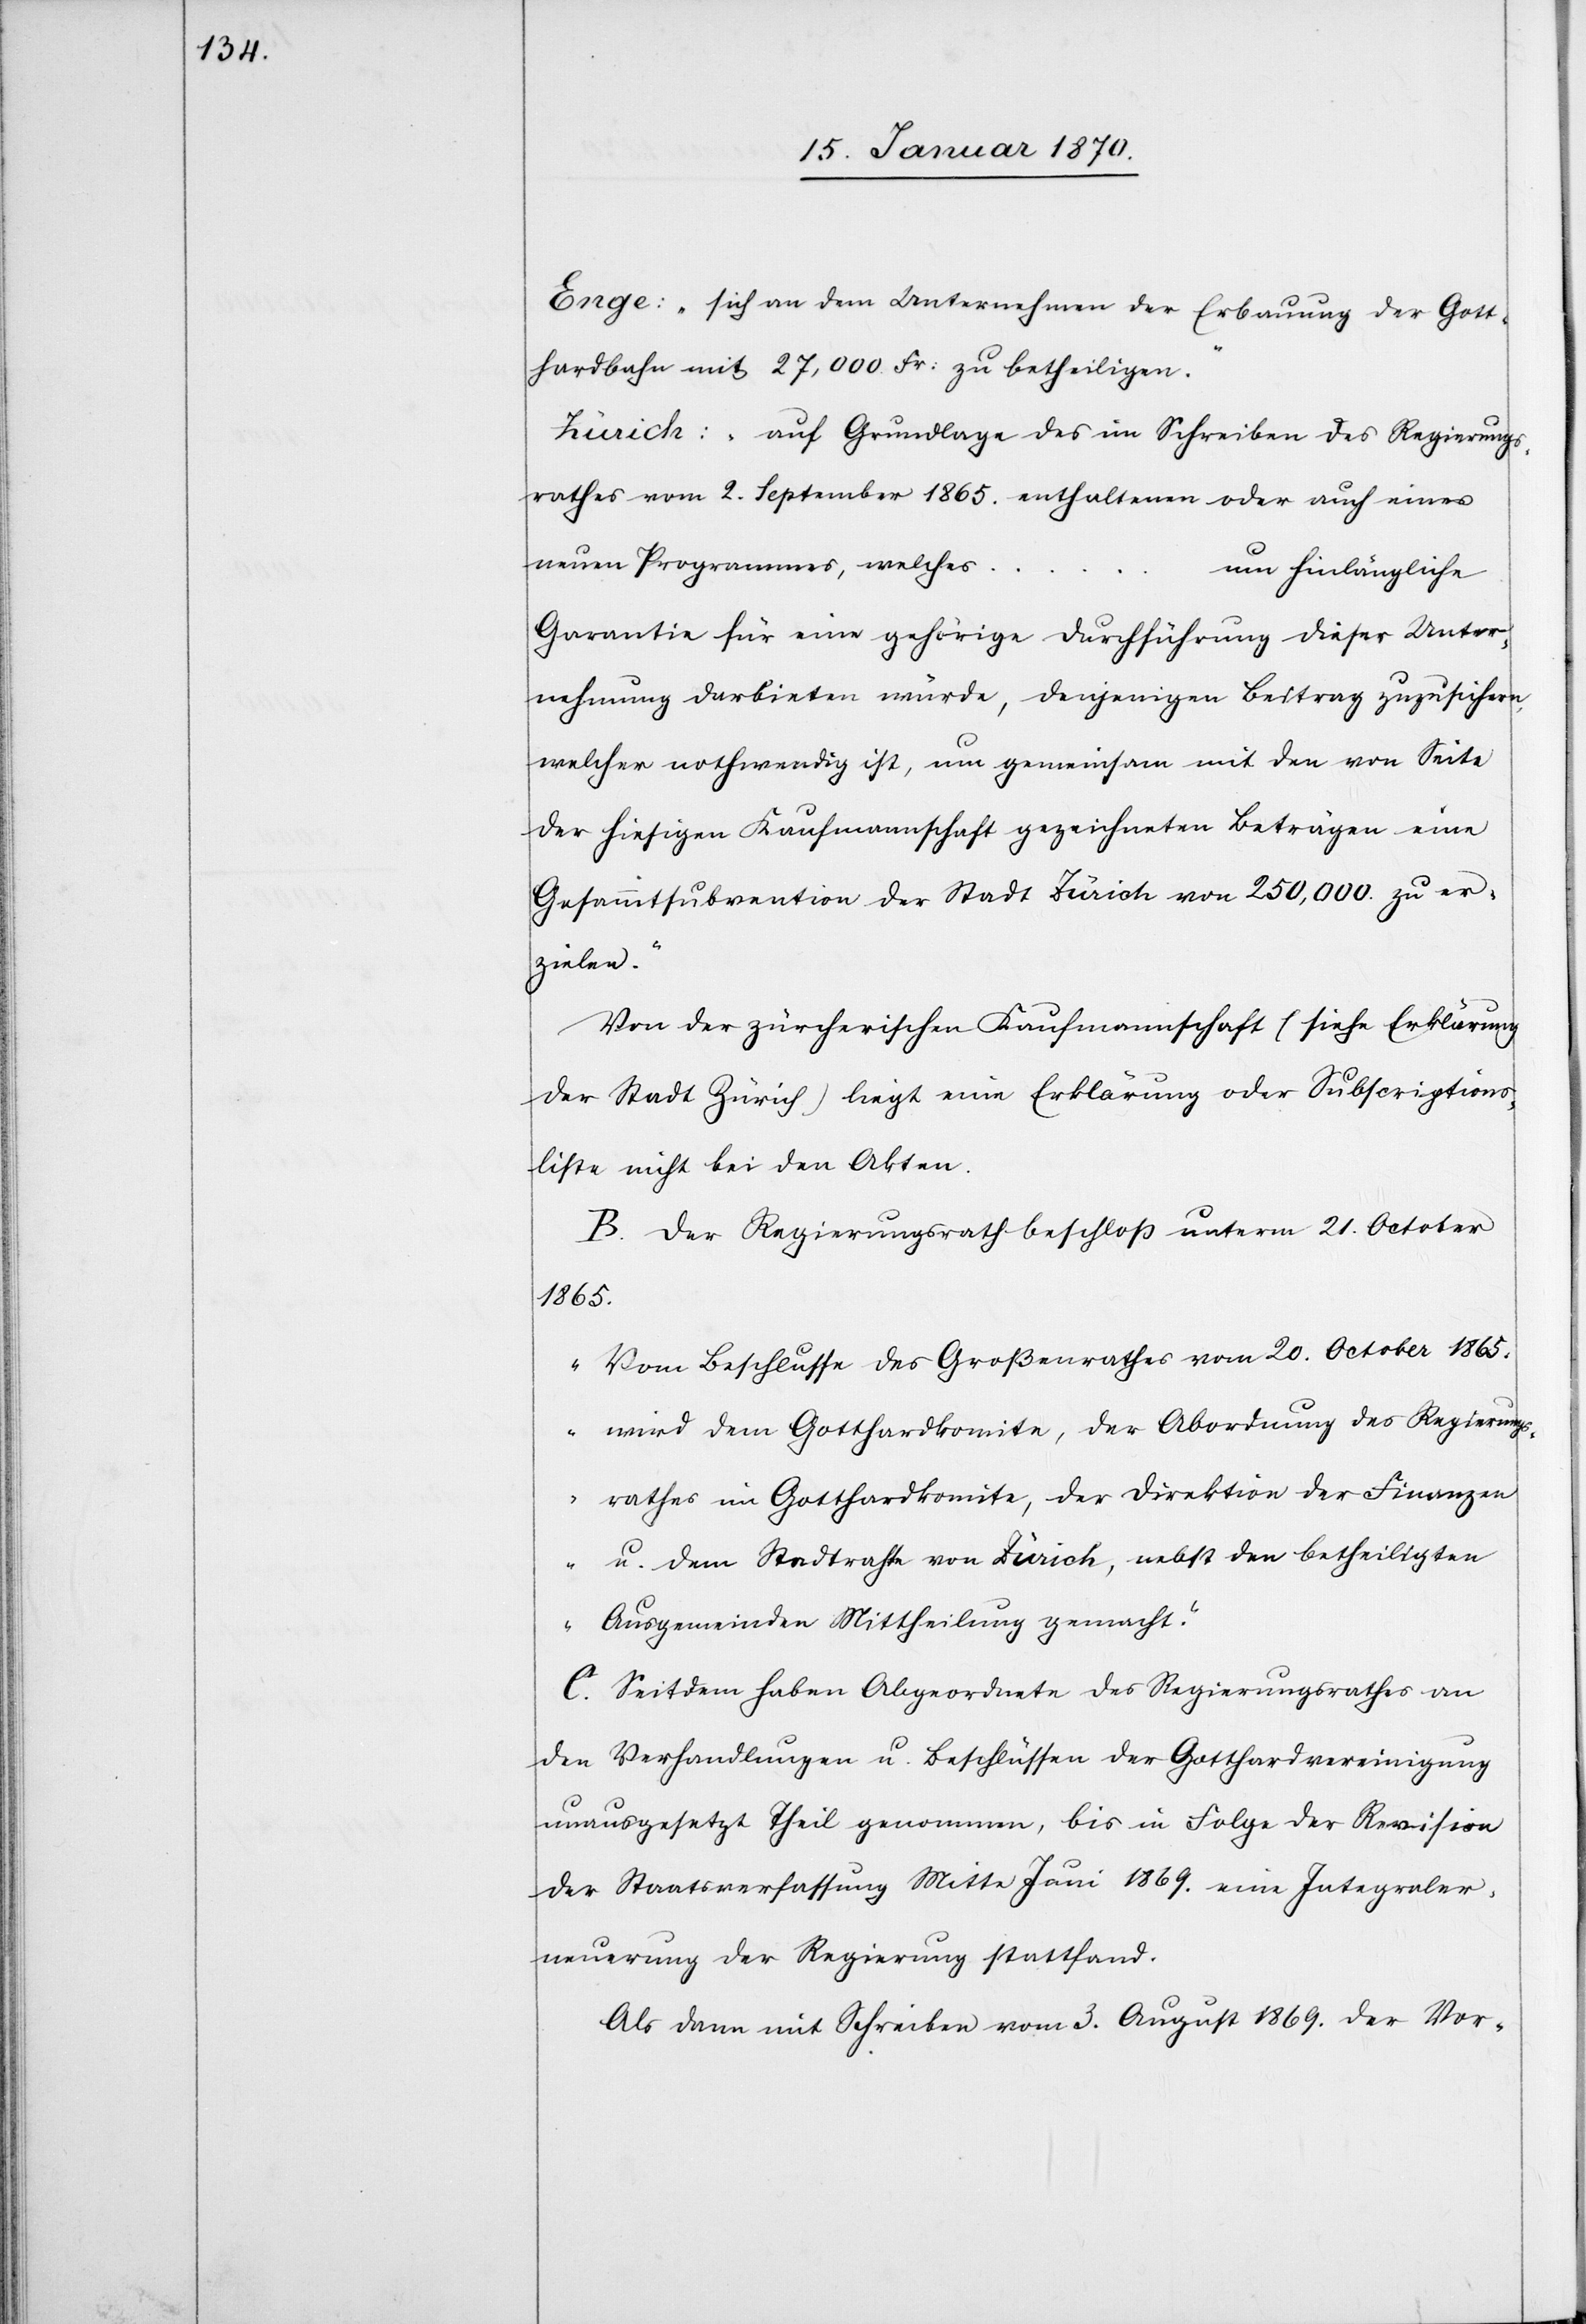
Enge: „sich an dem Unternehmen der Erbauung der Gott¬
hardbahn mit 27,000. Fr: zu betheiligen.“
Zürich: „auf Grundlage des im Schreiben des Regierungs¬
rathes vom 2. September 1865. enthaltenen oder auch eines
neuen Programmes, welches
um hinlängliche
Garantie für eine gehörige Durchführung dieser Unter¬
nehmung darbieten würde, denjenigen Beitrag zuzusichern,
welcher nothwendig ist, um gemeinsam mit den von Seite
der hiesigen Kaufmannschaft gezeichneten Beträgen eine
Gesammtsubvention der Stadt Zürich von 250,000. zu er¬
zielen.“
Von der zürcherischen Kaufmannschaft (siehe Erklärung
der Stadt Zürich) liegt eine Erklärung oder Subscriptions¬
liste nicht bei den Akten.
B. Der Regierungsrath beschloß unterm 21. October
1865.
“Vom Beschlusse des Großenrathes vom 20. Ocotber 1865.
wird dem Gotthardkomite, der Abordnung des Regierungs¬
rathes im Gotthardkomite, der Direktion der Finanzen
u. dem Stadtrathe von Zürich, nebst den betheiligten
……
Ausgemeinden Mittheilung gemacht.“
C. Seitdem haben Abgeordnete des Regierungsrathes an
den Verhandlungen u. Beschlüssen der Gotthardvereinigung
unausgesetzt Theil genommen, bis in Folge der Revision
der Staatsverfassung Mitte Juni 1869. eine Integraler¬
neuerung der Regierung stattfand.
Als dann mit Schreiben vom 3. August 1869. der Vor-